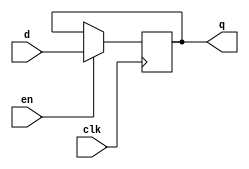
`timescale 1ns / 1ps
//////////////////////////////////////////////////////////////////////////////////
// Company: 
// Engineer: 
// 
// Design Name: 
// Module Name: dff_with_en
// Project Name: 
// Target Devices: 
// Tool Versions: 
// Description: 
// 
// Dependencies: 
// 
// Revision:
// Revision 0.01 - File Created
// Additional Comments:
// 
//////////////////////////////////////////////////////////////////////////////////


module dff_with_en
(
    input clk,
    input d,
    input en,
    output reg q
);    
    always @ (posedge clk)
        if (en)
            q <= d;  
endmodule